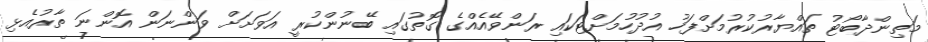
މަތިންދާބޯޓު ތައްޔާރުކުރުމަށްފަހު އުދުހުމަށްޓަކައި ރަންވޭއެއްގެ ގޮތުގައި ބޭނުންކުރީ އަވަށަށް ވަންނަން އޮންނަ ތާރުއެޅި